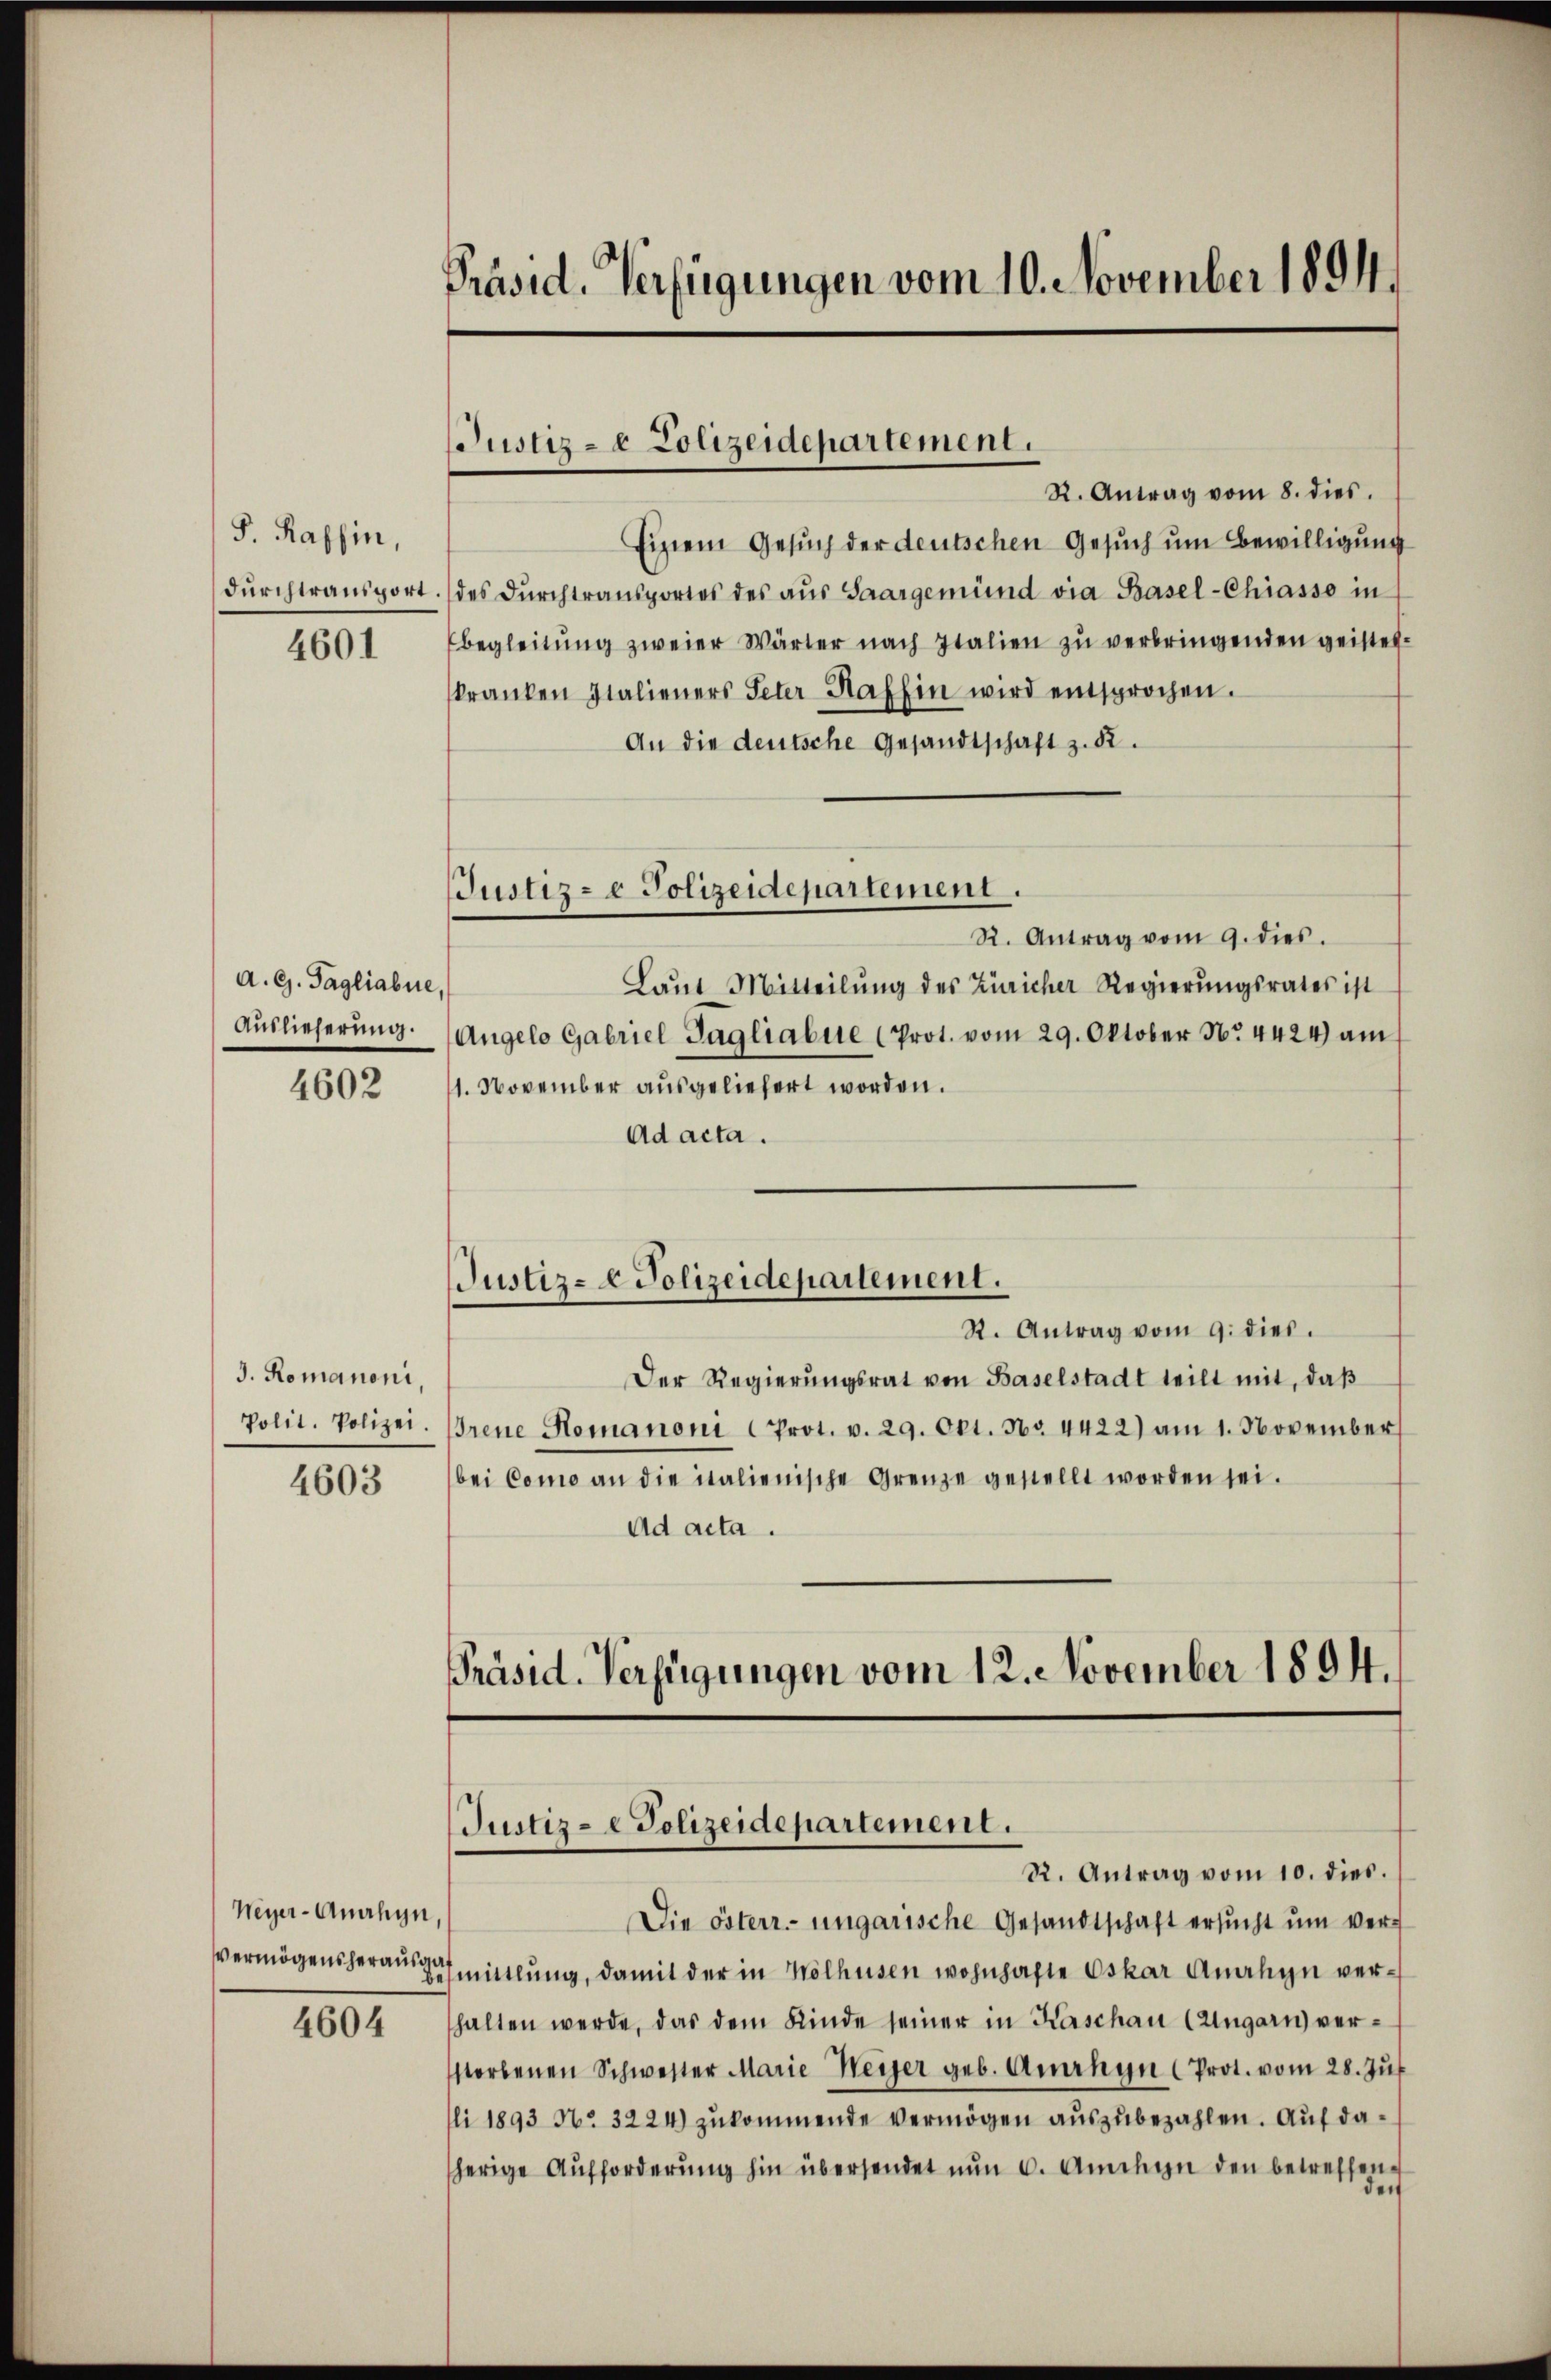
S. Rassin,
durchtransport

4601

A. G. Tagliabue,
Auslieferung.

4602

J. Romanoni,
Polit. Polizei.

4603

Weyer-Analyn,
4604

Präsid. Verfügungen vom 10. November 1894.

Justiz- & Polizeidepartement.

Justiz- & Polizeidepartement.

Präsid. Verfügungen vom 12. November 1894.
Justiz- & Polizeidepartement.
R. Antrag vom 10. dies.

R. Antrag vom 8. dies.
Einem Gesuch der deutschen Gesuch um Bewilligung
des Durchtransportes des aus Saargemünd via Basel-Chiasso in
begleitŭng zweier Wärter nach Italien zŭ verbringenden geistes-
kranken Italieners Peter Saffin wird entsprochen.
An die deutsche Gesandtschaft z. B.
R. Antrag vom 9. dies.
Laŭt Mitteilŭng des Züricher Regierŭngsrates ist
Angelo Gabriel Tagliabue (Prot. vom 29. Oktober No. 4424) am
1. November ausgeliefert worden.
Ad acta.
Justiz- & Polizeidepartement.
R. Antrag vom 9. dies.
Der Regierŭngsrat von Baselstadt teilt mit, daβ
drene Romanoni (Prot. v. 29. Okt. Nr. 4422) am 1. November
bei Como an die italienische Grenze gestellt worden sei.
Ad acta.

Die österr.-ungarische Gesandtschaft ersucht um ververmögensherausmittlung, damit der in Wölhusen wohnhafte Oskar Analyn verhalten werde, das dem Kinde seiner in Kaschau Cangarn verstorbenen Schwester Marie Weiger geb. Arrhyn (Prot. vom 28. Jŭs
li 1893 No 3224) zŭkommende vermögen aŭszŭbezahlen. Auf daherige Aufforderŭng hin übersendet nŭn u. Amihin den betreffen